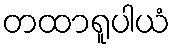
တထာရူပါယံ